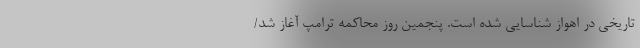
تاریخی در اهواز شناسایی شده است. پنجمین روز محاکمه ترامپ آغاز شد/